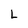
Character: L